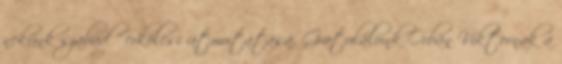
nekünk szabad " erkölcsi útmutatása. Gratulálunk Orbán Viktornak a